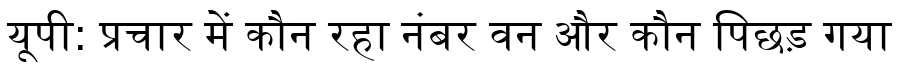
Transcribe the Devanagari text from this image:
यूपी: प्रचार में कौन रहा नंबर वन और कौन पिछड़ गया